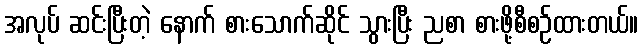
အလုပ် ဆင်းပြီးတဲ့ နောက် စားသောက်ဆိုင် သွားပြီး ညစာ စားဖို့စီစဉ်ထားတယ်။